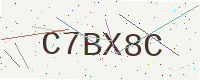
Text: C7BX8C